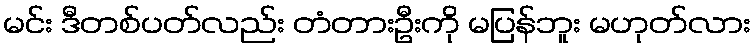
မင်း ဒီတစ်ပတ်လည်း တံတားဦးကို မပြန်ဘူး မဟုတ်လား